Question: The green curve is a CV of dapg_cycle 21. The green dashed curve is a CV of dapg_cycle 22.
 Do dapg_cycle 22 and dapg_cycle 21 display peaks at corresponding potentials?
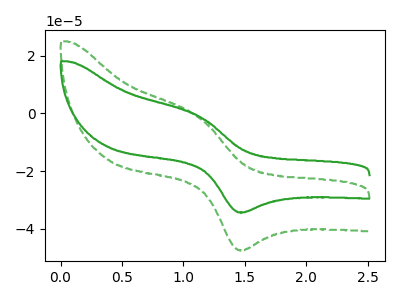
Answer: <think>The green curve "dapg_cycle 21" has an anodic peak at (1.10V, -0.90uA) and a cathodic peak at (1.50V, -34.35uA). The green dashed curve "dapg_cycle 22" has an anodic peak at (1.10V, -1.25uA) and a cathodic peak at (1.50V, -47.45uA).</think>
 <answer>Yes, "dapg_cycle 22" have a peak in "dapg_cycle 21" at the same potential.</answer>
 <eval>match</eval>